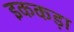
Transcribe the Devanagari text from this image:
इककड़ा